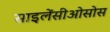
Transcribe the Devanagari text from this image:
साइलेंसीओसोस